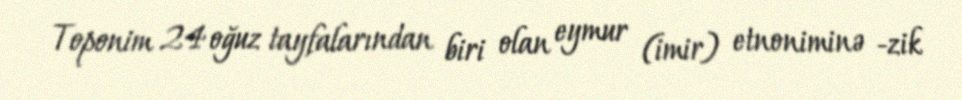
Toponim 24 oğuz tayfalarından biri olan eymur (imir) etnoniminə -zik